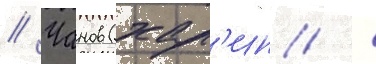
// Чанов (хар'ин /